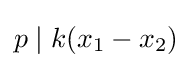
p\mid k(x_{1}-x_{2})